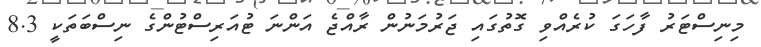
މިނިސްޓަރު ފާހަގަ ކުރެއްވި ގޮތުގައި ޖަރުމަނުން ރާއްޖެ އަންނަ ޓުއަރިސްޓުންގެ ނިސްބަތަކީ 8.3